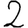
Digit: 2